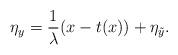
LaTeX: \begin{align*}\eta_y = \frac{1}{\lambda} (x - t(x)) + \eta_{\tilde{y}}.\end{align*}